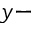
y -